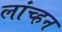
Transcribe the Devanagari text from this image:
लांच्हन